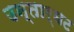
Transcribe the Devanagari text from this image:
उन्तार्घट